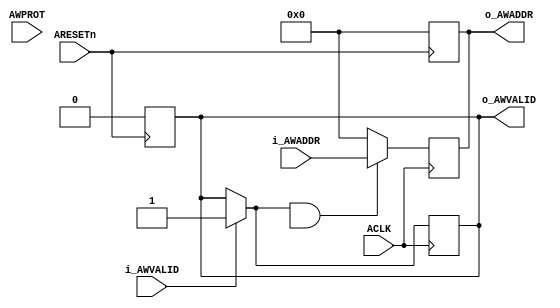
module write_address_master(ACLK,ARESETn,i_AWVALID, o_AWVALID, i_AWADDR, o_AWADDR, AWPROT);
	input ACLK;
	input ARESETn;
	input i_AWVALID;
	output reg o_AWVALID;
	input [31:0] i_AWADDR;
	output reg [31:0] o_AWADDR;
	input [2:0] AWPROT;         // Check
	
	always @(posedge ARESETn) begin    // RESET
		o_AWADDR <= 0;
		o_AWVALID <=0;
	end
	
	always @(posedge ACLK) begin       //Hand Shaking and addr sending
		if(i_AWVALID)
		o_AWVALID=1;

		if (o_AWVALID && write_address_slave.AWREADY) 
		o_AWADDR <= i_AWADDR;
		
		else 
		o_AWADDR <= 0;
	
	end
endmodule